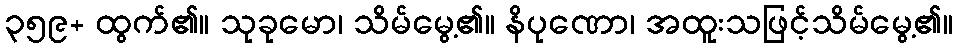
၃၅၉+ ထွက်၏။ သုခုမော၊ သိမ်မွေ့၏။ နိပုဏော၊ အထူးသဖြင့်သိမ်မွေ့၏။